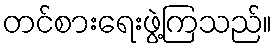
တင်စားရေးဖွဲ့ကြသည်။